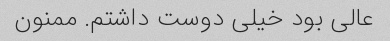
عالی بود خیلی دوست داشتم. ممنون